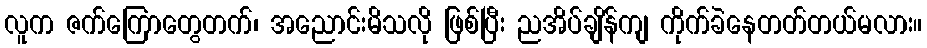
လူက ဇက်ကြောတွေတက်၊ အညောင်းမိသလို ဖြစ်ပြီး ညအိပ်ချိန်ကျ ကိုက်ခဲနေတတ်တယ်မလား။